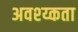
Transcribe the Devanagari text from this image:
अवश्य्कता